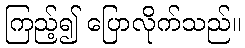
ကြည့်၍ ပြောလိုက်သည်။